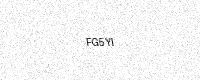
Text: FG5YI